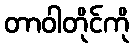
တာဝါတိုင်ကို